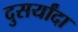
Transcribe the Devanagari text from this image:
दुसर्यांदा